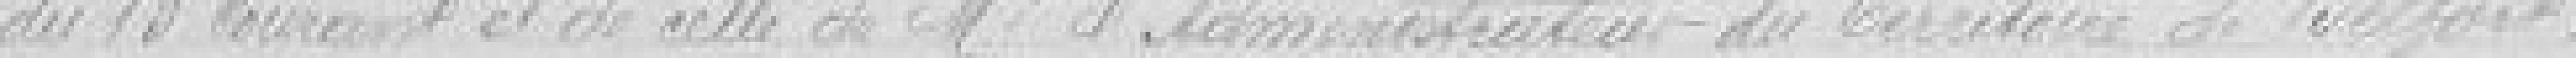
du 13 courant et de celle de Monsieur l'Administrateur du Territoire de Belfort,